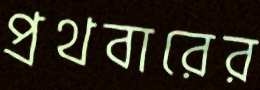
প্রথবারের